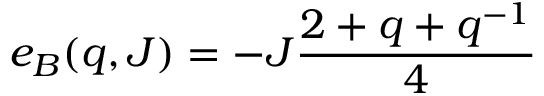
e _ { B } ( q , J ) = - J \frac { 2 + q + q ^ { - 1 } } { 4 }